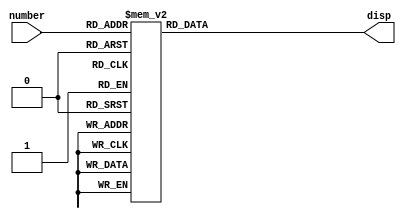
module num_decoder (
	input  [3:0] number,
	output reg [6:0] disp
	);
	
	always @(number)
	begin
		case(number)
			4'b0000: begin					//0
				disp[0] <= 1'b0;	//ON
				disp[1] <= 1'b0;	//ON
				disp[2] <= 1'b0;	//ON
				disp[3] <= 1'b0;	//ON
				disp[4] <= 1'b0;	//ON
				disp[5] <= 1'b0;	//ON
				disp[6] <= 1'b1;
			end

			4'b0001: begin					//1
				disp[0] <= 1'b1;
				disp[1] <= 1'b0;	//ON
				disp[2] <= 1'b0;	//ON
				disp[3] <= 1'b1;
				disp[4] <= 1'b1;
				disp[5] <= 1'b1;
				disp[6] <= 1'b1;
			end
			
			4'b0010: begin					//2
				disp[0] <= 1'b0;	//ON
				disp[1] <= 1'b0;	//ON
				disp[2] <= 1'b1;
				disp[3] <= 1'b0;	//ON
				disp[4] <= 1'b0;	//ON
				disp[5] <= 1'b1;
				disp[6] <= 1'b0;	//ON
			end
			
			4'b0011: begin					//3
				disp[0] <= 1'b0;	//ON
				disp[1] <= 1'b0;	//ON
				disp[2] <= 1'b0;	//ON
				disp[3] <= 1'b0;	//ON
				disp[4] <= 1'b1;
				disp[5] <= 1'b1;
				disp[6] <= 1'b0;	//ON
			end
			
			4'b0100: begin					//4
				disp[0] <= 1'b1;
				disp[1] <= 1'b0;	//ON
				disp[2] <= 1'b0;	//ON
				disp[3] <= 1'b1;
				disp[4] <= 1'b1;
				disp[5] <= 1'b0;	//ON
				disp[6] <= 1'b0;	//ON
			end
			
			4'b0101: begin					//5
				disp[0] <= 1'b0;	//ON
				disp[1] <= 1'b1;
				disp[2] <= 1'b0;	//ON
				disp[3] <= 1'b0;	//ON
				disp[4] <= 1'b1;
				disp[5] <= 1'b0;	//ON
				disp[6] <= 1'b0;	//ON
			end
			
			4'b0110: begin					//6
				disp[0] <= 1'b0;	//ON
				disp[1] <= 1'b1;
				disp[2] <= 1'b0;	//ON
				disp[3] <= 1'b0;	//ON
				disp[4] <= 1'b0;	//ON
				disp[5] <= 1'b0;	//ON
				disp[6] <= 1'b0;	//ON
			end
				
			4'b0111: begin					//7
				disp[0] <= 1'b0;	//ON
				disp[1] <= 1'b0;	//ON
				disp[2] <= 1'b0;	//ON
				disp[3] <= 1'b1;
				disp[4] <= 1'b1;
				disp[5] <= 1'b1;
				disp[6] <= 1'b1;
			end
			
			4'b1000: begin					//8
				disp[0] <= 1'b0;	//ON
				disp[1] <= 1'b0;	//ON
				disp[2] <= 1'b0;	//ON
				disp[3] <= 1'b0;	//ON
				disp[4] <= 1'b0;	//ON
				disp[5] <= 1'b0;	//ON
				disp[6] <= 1'b0;	//ON
			end
			
			4'b1001: begin					//9
				disp[0] <= 1'b0;	//ON
				disp[1] <= 1'b0;	//ON
				disp[2] <= 1'b0;	//ON
				disp[3] <= 1'b0;	//ON
				disp[4] <= 1'b1;
				disp[5] <= 1'b0;	//ON
				disp[6] <= 1'b0;	//ON
			end
			
			4'b1010: begin					//A
				disp[0] <= 1'b0;	//ON
				disp[1] <= 1'b0;	//ON
				disp[2] <= 1'b0;	//ON
				disp[3] <= 1'b1;
				disp[4] <= 1'b0;	//ON
				disp[5] <= 1'b0;	//ON
				disp[6] <= 1'b0;	//ON
			end
			
			4'b1011: begin					//B
				disp[0] <= 1'b1;
				disp[1] <= 1'b1;
				disp[2] <= 1'b0;	//ON
				disp[3] <= 1'b0;	//ON
				disp[4] <= 1'b0;	//ON
				disp[5] <= 1'b0;	//ON
				disp[6] <= 1'b0;	//ON
			end
			
			4'b1100: begin					//C
				disp[0] <= 1'b0;	//ON
				disp[1] <= 1'b1;
				disp[2] <= 1'b1;
				disp[3] <= 1'b0;	//ON
				disp[4] <= 1'b0;	//ON
				disp[5] <= 1'b0;	//ON
				disp[6] <= 1'b1;
			end
			
			4'b1101: begin					//D
				disp[0] <= 1'b1;
				disp[1] <= 1'b0;	//ON
				disp[2] <= 1'b0;	//ON
				disp[3] <= 1'b0;	//ON
				disp[4] <= 1'b0;	//ON
				disp[5] <= 1'b1;
				disp[6] <= 1'b0;	//ON
			end
			
			4'b1110: begin					//E
				disp[0] <= 1'b0;	//ON
				disp[1] <= 1'b1;
				disp[2] <= 1'b1;
				disp[3] <= 1'b0;	//ON
				disp[4] <= 1'b0;	//ON
				disp[5] <= 1'b0;	//ON
				disp[6] <= 1'b0;	//ON
			end
			
			4'b1111: begin					//F
				disp[0] <= 1'b0;	//ON
				disp[1] <= 1'b1;
				disp[2] <= 1'b1;
				disp[3] <= 1'b1;
				disp[4] <= 1'b0;	//ON
				disp[5] <= 1'b0;	//ON
				disp[6] <= 1'b0;	//ON
			end
			
			default: begin					//NULL
				disp[0] <= 1'b1;
				disp[1] <= 1'b1;
				disp[2] <= 1'b1;
				disp[3] <= 1'b1;
				disp[4] <= 1'b1;
				disp[5] <= 1'b1;
				disp[6] <= 1'b1;
			end
		endcase
	end
endmodule